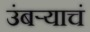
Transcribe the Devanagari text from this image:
उंबऱ्याचं